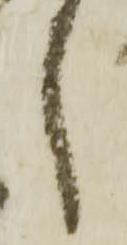
し